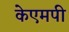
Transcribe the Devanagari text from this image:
केएमपी